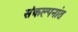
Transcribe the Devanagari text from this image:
संकल्पनांत